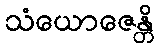
သံယောဇေန္တိ